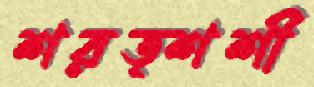
শরত্শশী